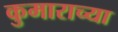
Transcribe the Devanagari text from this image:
कुमाराच्या